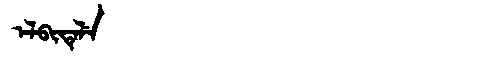
Manchu: ᡝᠯᠪᡳᡨᡝᠯᡝ
Romanization: ELBITELE